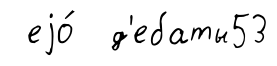
еjо́ д'ебаты53